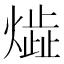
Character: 𤎠